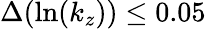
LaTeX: \Delta(\ln(k_{z}))\leq 0.05